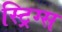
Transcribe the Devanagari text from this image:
स्ट्रिग्स